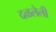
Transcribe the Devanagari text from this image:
दळलेली